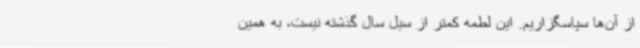
از آن‌ها سپاسگزاریم. این لطمه کمتر از سیل سال گذشته نیست، به همین